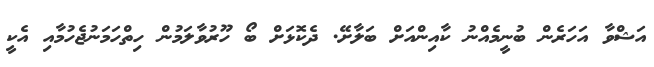
އަޝްވާ އަހަރެން ބުނީމެއްނު ކާއިންއަށް ބަލާށޭ. ދެކޮޅަށް ބޯ ހޫރުވާލަމުން ހިތްހަމަނުޖެހުމާއި އެކީ